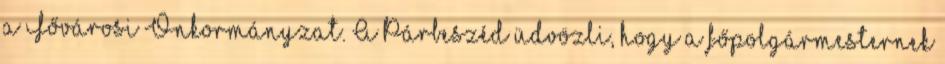
a Fővárosi Önkormányzat. A Párbeszéd üdvözli, hogy a főpolgármesternek